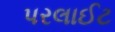
પરલાઈટ